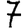
Digit: 7